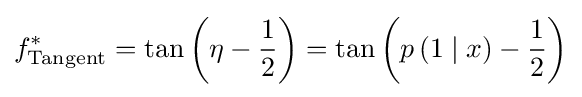
f_{\text{Tangent}}^{*}=\tan \left(\eta -{\frac {1}{2}}\right)=\tan \left(p\left(1\mid x\right)-{\frac {1}{2}}\right)